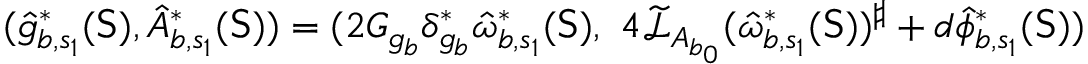
( \hat { g } _ { b , s _ { 1 } } ^ { * } ( \mathsf { S } ) , \hat { A } _ { b , s _ { 1 } } ^ { * } ( \mathsf { S } ) ) = ( 2 G _ { g _ { b } } \delta _ { g _ { b } } ^ { * } \hat { \omega } _ { b , s _ { 1 } } ^ { * } ( \mathsf { S } ) , \ 4 \widetilde { \mathcal { L } } _ { A _ { b _ { 0 } } } ( \hat { \omega } _ { b , s _ { 1 } } ^ { * } ( \mathsf { S } ) ) ^ { \sharp } + d \hat { \phi } _ { b , s _ { 1 } } ^ { * } ( \mathsf { S } ) )